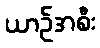
ယာဉ်အစီး